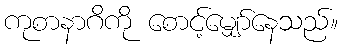
ကုစာနာဂိကို စောင့်မျှော်နေသည်။